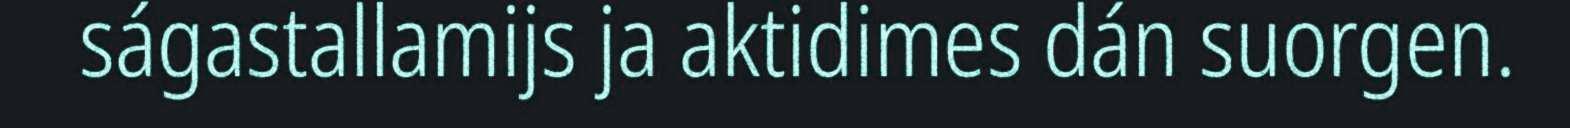
ságastallamijs ja aktidimes dán suorgen.